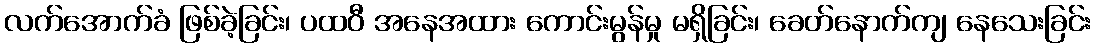
လက်အောက်ခံ ဖြစ်ခဲ့ခြင်း၊ ပထဝီ အနေအထား ကောင်းမွန်မှု မရှိခြင်း၊ ခေတ်နောက်ကျ နေသေးခြင်း